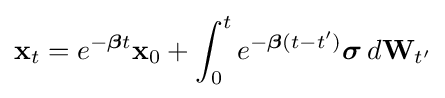
\mathbf {x} _{t}=e^{-{\boldsymbol {\beta }}t}\mathbf {x} _{0}+\int _{0}^{t}e^{-{\boldsymbol {\beta }}(t-t')}{\boldsymbol {\sigma }}\,d\mathbf {W} _{t'}